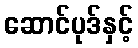
ဆောင်ပုဒ်နှင့်